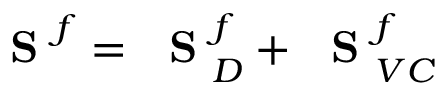
\mathrm { ~ \bf ~ S ~ } ^ { f } = \mathrm { ~ \bf ~ S ~ } _ { D } ^ { f } + \mathrm { ~ \bf ~ S ~ } _ { V C } ^ { f }